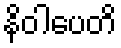
နိဝါပေတိ